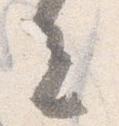
去